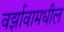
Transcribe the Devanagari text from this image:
वर्झावामधील